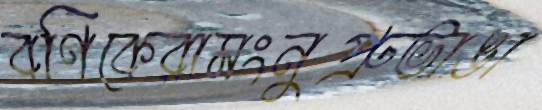
বণিকেরামংনুপ্রুভাঙা